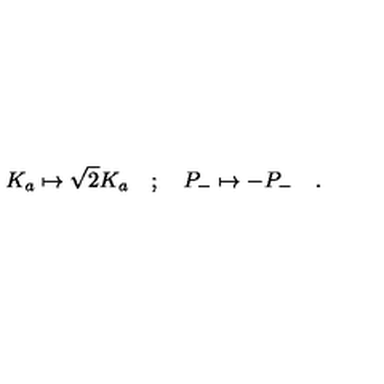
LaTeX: K _ { a } \mapsto \sqrt { 2 } K _ { a } \quad ; \quad P _ { - } \mapsto - P _ { - } \quad .